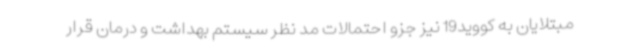
مبتلایان به کووید19 نیز جزو احتمالات مد نظر سیستم بهداشت و درمان قرار